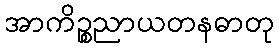
အာကိဉ္စညာယတနဓာတု